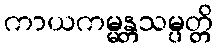
ကာယကမ္မန္တသမ္ပတ္တိ